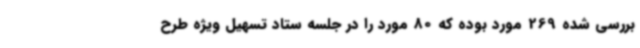
بررسی شده 269 مورد بوده که 80 مورد را در جلسه ستاد تسهیل ویژه طرح